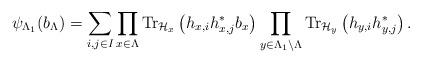
LaTeX: \begin{align*}\psi_{\Lambda_{1}}(b_{\Lambda})=\sum_{i,j\in I} \prod_{x\in \Lambda}\hbox{Tr}_{\mathcal{H}_{x}}\left(h_{x, i}h_{x, j}^* b_{x}\right)\prod_{y\in \Lambda_{1}\setminus\Lambda}\hbox{Tr}_{\mathcal{H}_{y}}\left(h_{y, i}h_{y, j}^* \right).\end{align*}